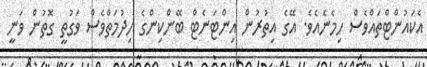
އެކައުންޓްތައްވެސް ހިމެނެއެވެ. އޭގެ އިތުރުން އިންޓަނެޓް ބޭންކިންގެ ހިދުމަތްވެސް ވަގުތީ ގޮތުން ވަނީ